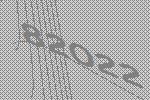
82022